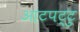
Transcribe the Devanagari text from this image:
आटपट्टु